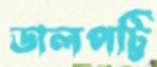
ডালপট্টি